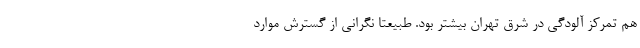
هم تمرکز آلودگی در شرق تهران بیشتر بود. طبیعتا نگرانی از گسترش موارد